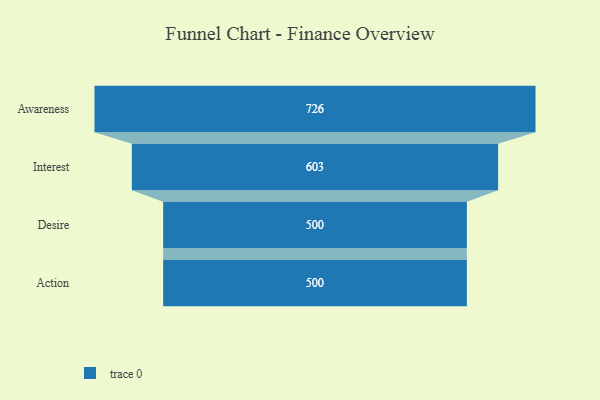
{"axis": {"x": "Stage", "y": "Value"}, "legend": [""], "data": [{"x": "Awareness", "y": 726.0, "type": ""}, {"x": "Interest", "y": 603.0, "type": ""}, {"x": "Desire", "y": 500, "type": ""}, {"x": "Action", "y": 500, "type": ""}]}